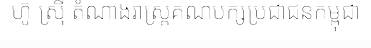
ហ៊ូ ស្រ៊ី តំណាងរាស្ត្រគណបក្សប្រជាជនកម្ពុជា